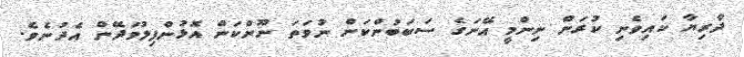
ދާރިޔާ ކައިވެނި ކުރަން ނިންމީ އޭނަގެ ސަބަބުންކަން ނުވަތަ ނޫންކަން އޮޅުންފިލުވަދޭން އެދުނެވެ.